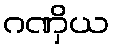
ဂဏှိယ